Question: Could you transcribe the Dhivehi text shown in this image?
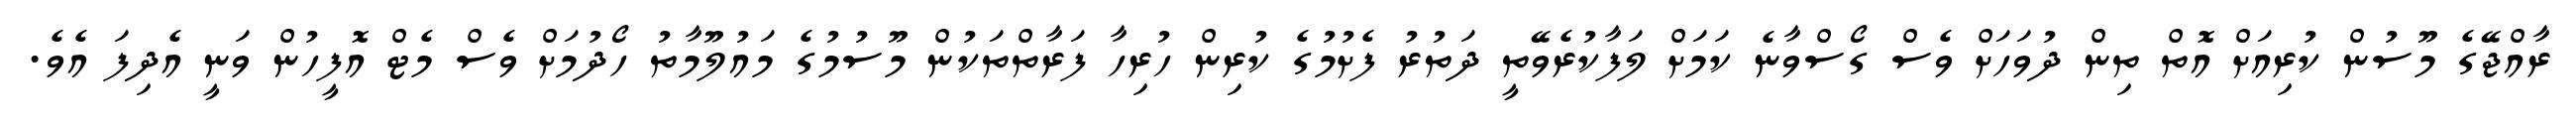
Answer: ރާއްޖޭގެ މޫސުން ކުރިއަށް އޮތް ތިން ދުވަހަށް ވެސް ގޯސްވާނެ ކަމަށް ލަފާކުރެވޭތީ ދަތުރު ފެށުމުގެ ކުރިން ހުރިހާ ފަރާތްތަކުން މޫސުމުގެ މައުލޫމާތު ހޯދުމަށް ވެސް މެޓް އޮފީހުން ވަނީ އެދިފަ އެވެ.